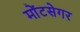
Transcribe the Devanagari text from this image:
मोंटसेगर